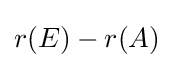
r(E)-r(A)